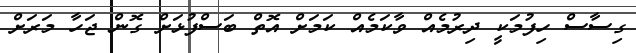
ގިސާސް ހިފުމަކީ ދިރުމެއް ވާކަމެއް ކަމަށް އޮތް ބަސްފުޅަށް ގޮން ޖަހާ މަރަށް